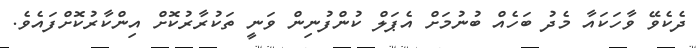
ދެކެވޭ ވާހަކައާ މެދު ބަހެއް ބުނުމަށް އެޕަލް ކުންފުނިން ވަނީ ތަކުރާރުކޮށް އިންކާރުކޮށްފައެވެ.